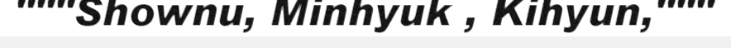
"""Shownu, Minhyuk , Kihyun,"""